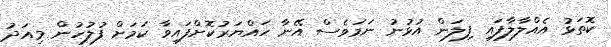
ކޮތަޅު އެއްލާލާފައި ފިލަން އުޅުނު ނަމަވެސް އޭނާ ހައްޔަރުކޮށްފައިވާ ކަމަށް ފުލުހުން މިއަދު